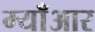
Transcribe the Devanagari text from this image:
म्याँआर